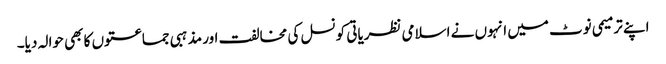
اپنے ترمیمی نوٹ میں انہوں نے اسلامی نظریاتی کونسل کی مخالفت اور مذہبی جماعتوں کا بھی حوالہ دیا۔